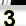
Digit: 3